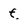
Character: f